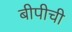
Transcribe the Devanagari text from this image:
बीपीची